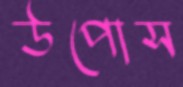
উপোস